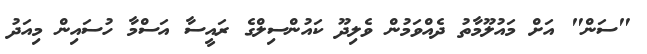
"ސަން" އަށް މައުލޫމާތު ދެއްވަމުން ވެލިދޫ ކައުންސިލްގެ ރައީސާ އަސްމާ ހުސައިން މިއަދު